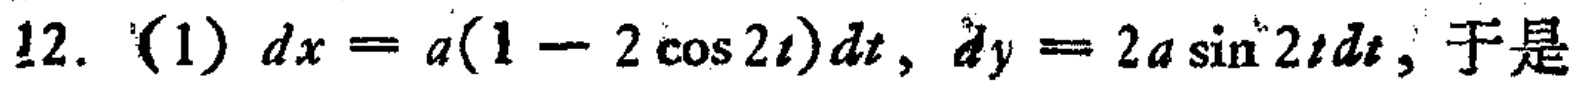
12. (1) \(dx = a(1 - 2\cos 2t)dt\), \(dy = 2a\sin^{2}2tdt\), 于是